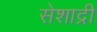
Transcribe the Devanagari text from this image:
सेशाद्री